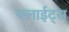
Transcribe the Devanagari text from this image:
फ्लाईट्स